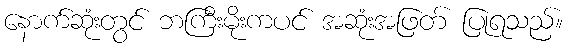
နောက်ဆုံးတွင် ဘကြီးမိုးကပင် အဆုံးအဖြတ် ပြုရသည်။